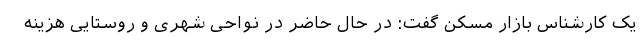
یک کارشناس بازار مسکن گفت: در حال حاضر در نواحی شهری و روستایی هزینه